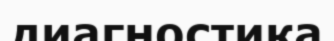
диагностика